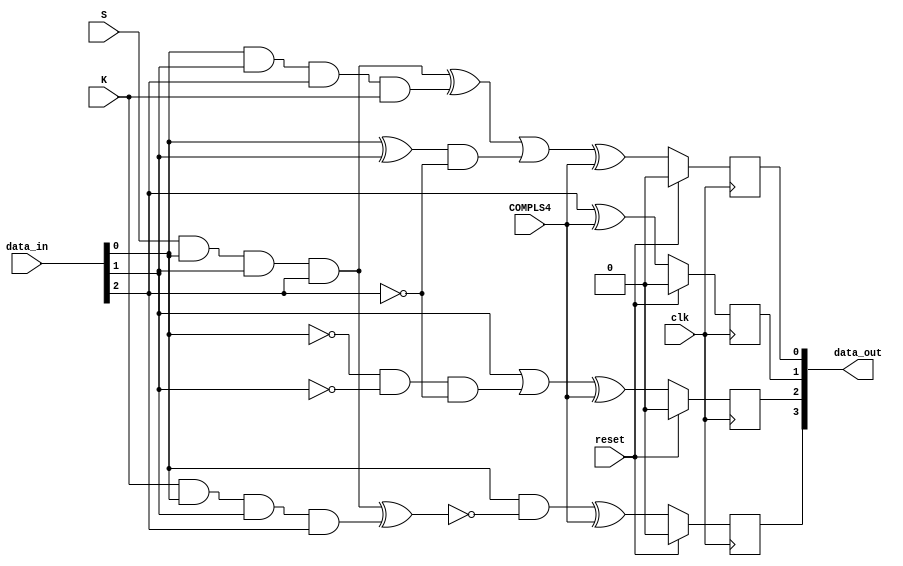
`timescale 1ns / 1ps
//////////////////////////////////////////////////////////////////////////////////
// Company: 
// Engineer: 
// 
// Design Name: 
// Module Name: fcn5b6b
// Project Name: 
// Target Devices: 
// Tool Versions: 
// Description: Actual transformation of 3 input bits FGH into  
//                  the 4 fghj output bits according to given rules
//              Figure 8 in Encoder diagram 
// Dependencies: 
// 
// Revision:
// Revision 0.01 - File Created
// Additional Comments:
// 
//////////////////////////////////////////////////////////////////////////////////


module fcn3b4b(
    input clk, 
    input reset,
    input [2:0] data_in,
    input S,
    input K,
    input COMPLS4,
    output [3:0] data_out
    );
    wire H, G, F;
    assign {H, G, F} = data_in;
    reg f, g, h, j;
    /* Transformation of 3 input bits FGH into the 4 fghj */
    always @(posedge clk)
    begin
        if (reset) begin 
            f <= 0;
            g <= 0;
            h <= 0;
            j <= 0;
        end else begin 
            f <= (F & ~((S & F & G & H) ^ (K & F & G & H))) ^ COMPLS4; 
            g <= (G | (~F & ~G & ~H)) ^ COMPLS4;
            h <= H ^ COMPLS4; 
            j <= (( (S & F & G & H) ^ (F & G & H & K) ) | ((F ^ G) & ~H)) ^ COMPLS4;
        end
    end
    assign data_out = {f, g, h, j};
endmodule